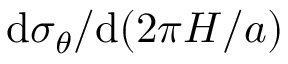
\mathrm { d } \sigma _ { \theta } / \mathrm { d } ( 2 \pi H / a )